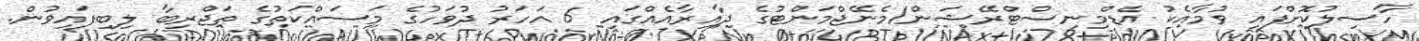
ހާސިލުކޮށްފައި ވުމާއެކު އެޑްމިނިސްޓްރޭޝަން/މެނޭޖްމަންޓުގެ ދާއިރާއެއްގައި 6 އަހަރު ދުވަހުގެ މަސައްކަތުގެ ތަޖްރިބާ ލިބިފައިވުން.